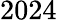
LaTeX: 2024